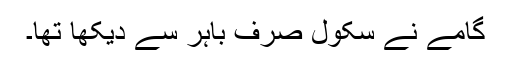
گامے نے سکول صرف باہر سے دیکھا تھا۔